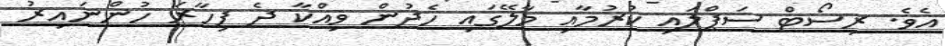
އެވެ. ރިސޯޓް ސަޕްލައި ކުރުމާއި މާލޭގައި ހެދުން ވިއްކާ ދެ ފިހާރަ ހުންނައިރު